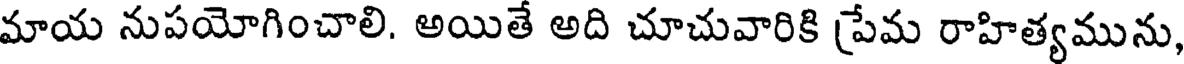
మాయ నుపయోగించాలి. అయితే అది చూచువారికి ప్రేమ రాహిత్యమును,